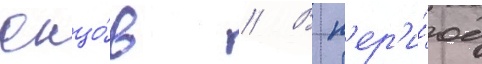
юнцо́в // В п'ер'и́од